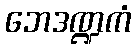
ဘေဒဏ္ဍကံ